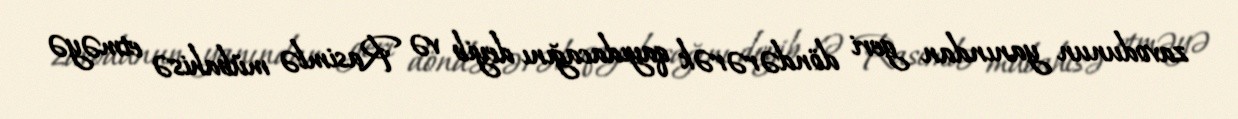
zavodunun yanından geri döndərərək qayıdacağını deyib və Rasimlə mübahisə etməyə